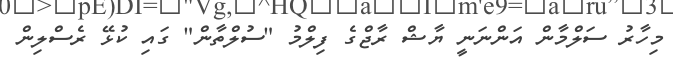
މިހާރު ސަލްމާން އަންނަނީ ޔާޝް ރާޖްގެ ފިލްމު "ސުލްތާން" ގައި ކުޅޭ ރެސްލިން